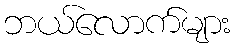
ဘယ်လောက်များ